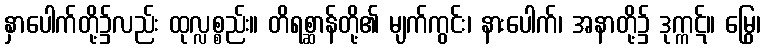
နှာပေါက်တို့၌လည်း ထုလ္လစ္စည်း။ တိရစ္ဆာန်တို့၏ မျက်ကွင်း၊ နားပေါက်၊ အနာတို့၌ ဒုက္ကဋ်။ မြွေ၊